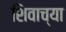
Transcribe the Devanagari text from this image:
शिवाच्या